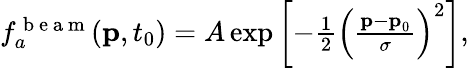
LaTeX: \begin{array}{r}{f_{a}^{\mathrm{~b~e~a~m~}}(\textbf{p},t_{0})=A\exp\left[-\frac{1}{2}\left(\frac{\textbf{p}-\textbf{p}_{0}}{\sigma}\right)^{2}\right],}\end{array}